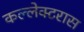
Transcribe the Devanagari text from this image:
कल्लेक्टरास